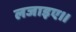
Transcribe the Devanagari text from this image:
लजाइए।।